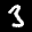
Label: 3